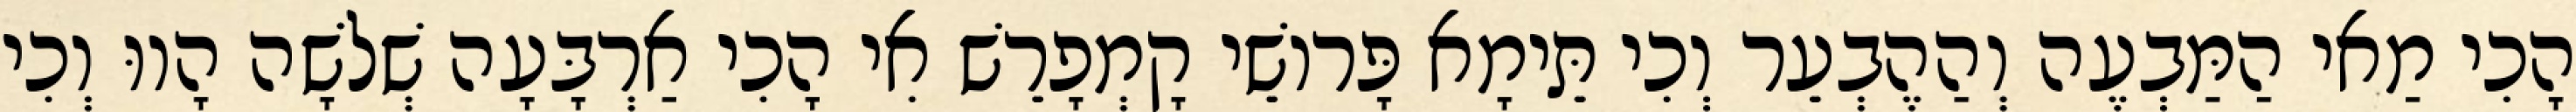
הָכִי מַאי הַמַּבְעֶה וְהַהֶבְעֵר וְכִי תֵּימָא פָּרוֹשֵׁי קָמְפָרֵשׁ אִי הָכִי אַרְבָּעָה שְׁלֹשָׁה הָווּ וְכִי